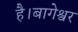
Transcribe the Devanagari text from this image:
है।बागेश्वर